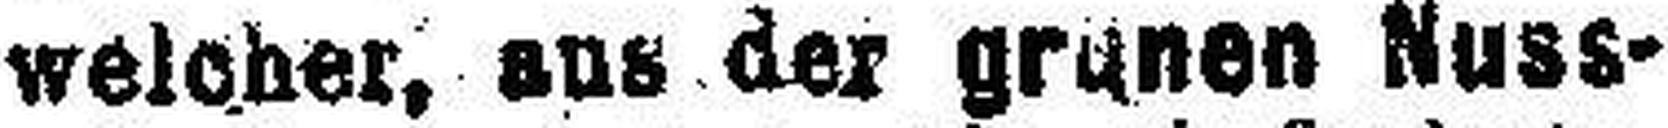
welcher, aus der grünen Nuss¬